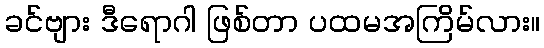
ခင်ဗျား ဒီရောဂါ ဖြစ်တာ ပထမအကြိမ်လား။